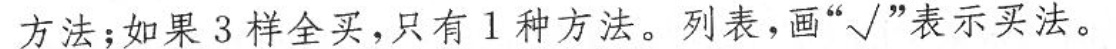
方法；如果3样全买，只有1种方法。列表，画”√”表示买法。